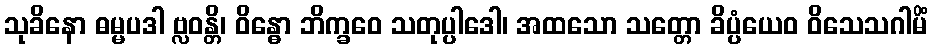
သုခိနော ဓမ္မပဒါ ဗ္လဝန္တိ၊ ဝိန္ဓော ဘိက္ခဝေ သတုပ္ပါဒေါ၊ အထသော သတ္တော ခိပ္ပံယေဝ ဝိသေသဂါမိံ